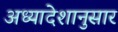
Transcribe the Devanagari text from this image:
अध्यादेशानुसार